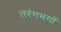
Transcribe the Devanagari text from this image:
तरंगभगों